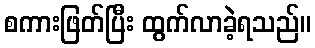
စကားဖြတ်ပြီး ထွက်လာခဲ့ရသည်။